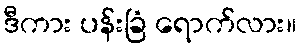
ဒီကား ပန်းခြံ ရောက်လား။